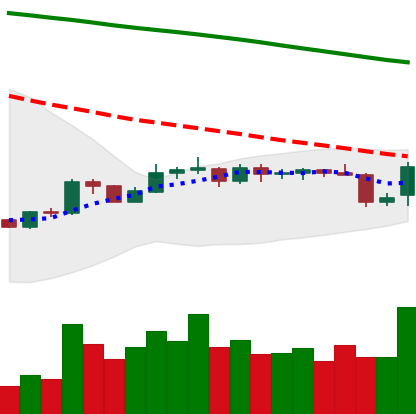
Ticker: BNB-USD
Chart end date: 2019-10-25
Forward return: 7.901%
Label: up_7plus